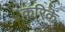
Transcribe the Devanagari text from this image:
करिकॆ